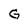
Character: G